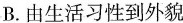
B.由生活习性到外貌